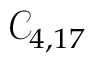
\mathcal { C } _ { 4 , 1 7 }